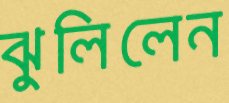
ঝুলিলেন